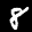
Label: 8